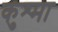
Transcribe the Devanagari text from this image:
कुश्‍मा